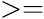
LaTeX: >=